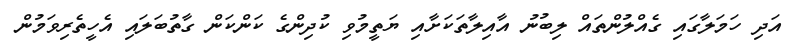
އަދި ހަމަލާގައި ގެއްލުންތައް ލިބުނު އާއިލާތަކަށާއި ޔަތީމުވި ކުދިންގެ ކަންކަން ގާތުބަލައި އެހީތެރިވަމުން